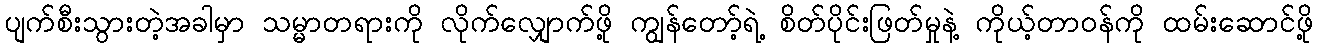
ပျက်စီးသွားတဲ့အခါမှာ သမ္မာတရားကို လိုက်လျှောက်ဖို့ ကျွန်တော့်ရဲ့ စိတ်ပိုင်းဖြတ်မှုနဲ့ ကိုယ့်တာဝန်ကို ထမ်းဆောင်ဖို့